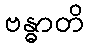
ဗန္ဓာတိ